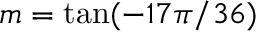
m = \mathrm { t a n } ( - 1 7 \pi / 3 6 )